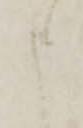
申